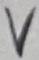
Text: V